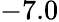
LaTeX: -7.0